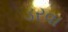
ડરવા